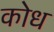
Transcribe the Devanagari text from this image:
कोध